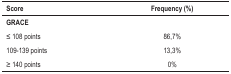
<table><thead><tr><td><b>Score</b></td><td><b>Frequency (%)</b></td></tr></thead><tbody><tr><td><b>GRACE</b></td><td> </td></tr><tr><td>≤ 108 points</td><td>86,7%</td></tr><tr><td>109-139 points</td><td>13,3%</td></tr><tr><td>≥ 140 points</td><td>0%</td></tr></tbody></table>